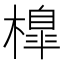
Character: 橰